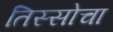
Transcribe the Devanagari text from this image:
तिस्सोचा